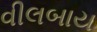
વીલબાય